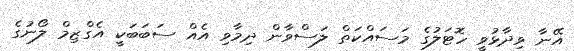
އޭނާ ވިދާޅުވީ ހޮޓަލުގެ މަސައްކަތް ލަސްވާން ދިމާވި އެއް ސަބަބަކީ އެގްޒިމް ލޯނުގެ